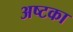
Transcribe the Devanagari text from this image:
अष्टका